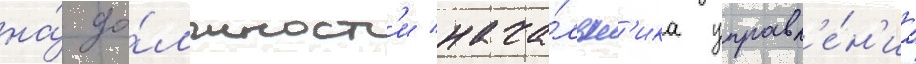
на́ до́лжност'и нача́льн'ика управл'е́н'иа